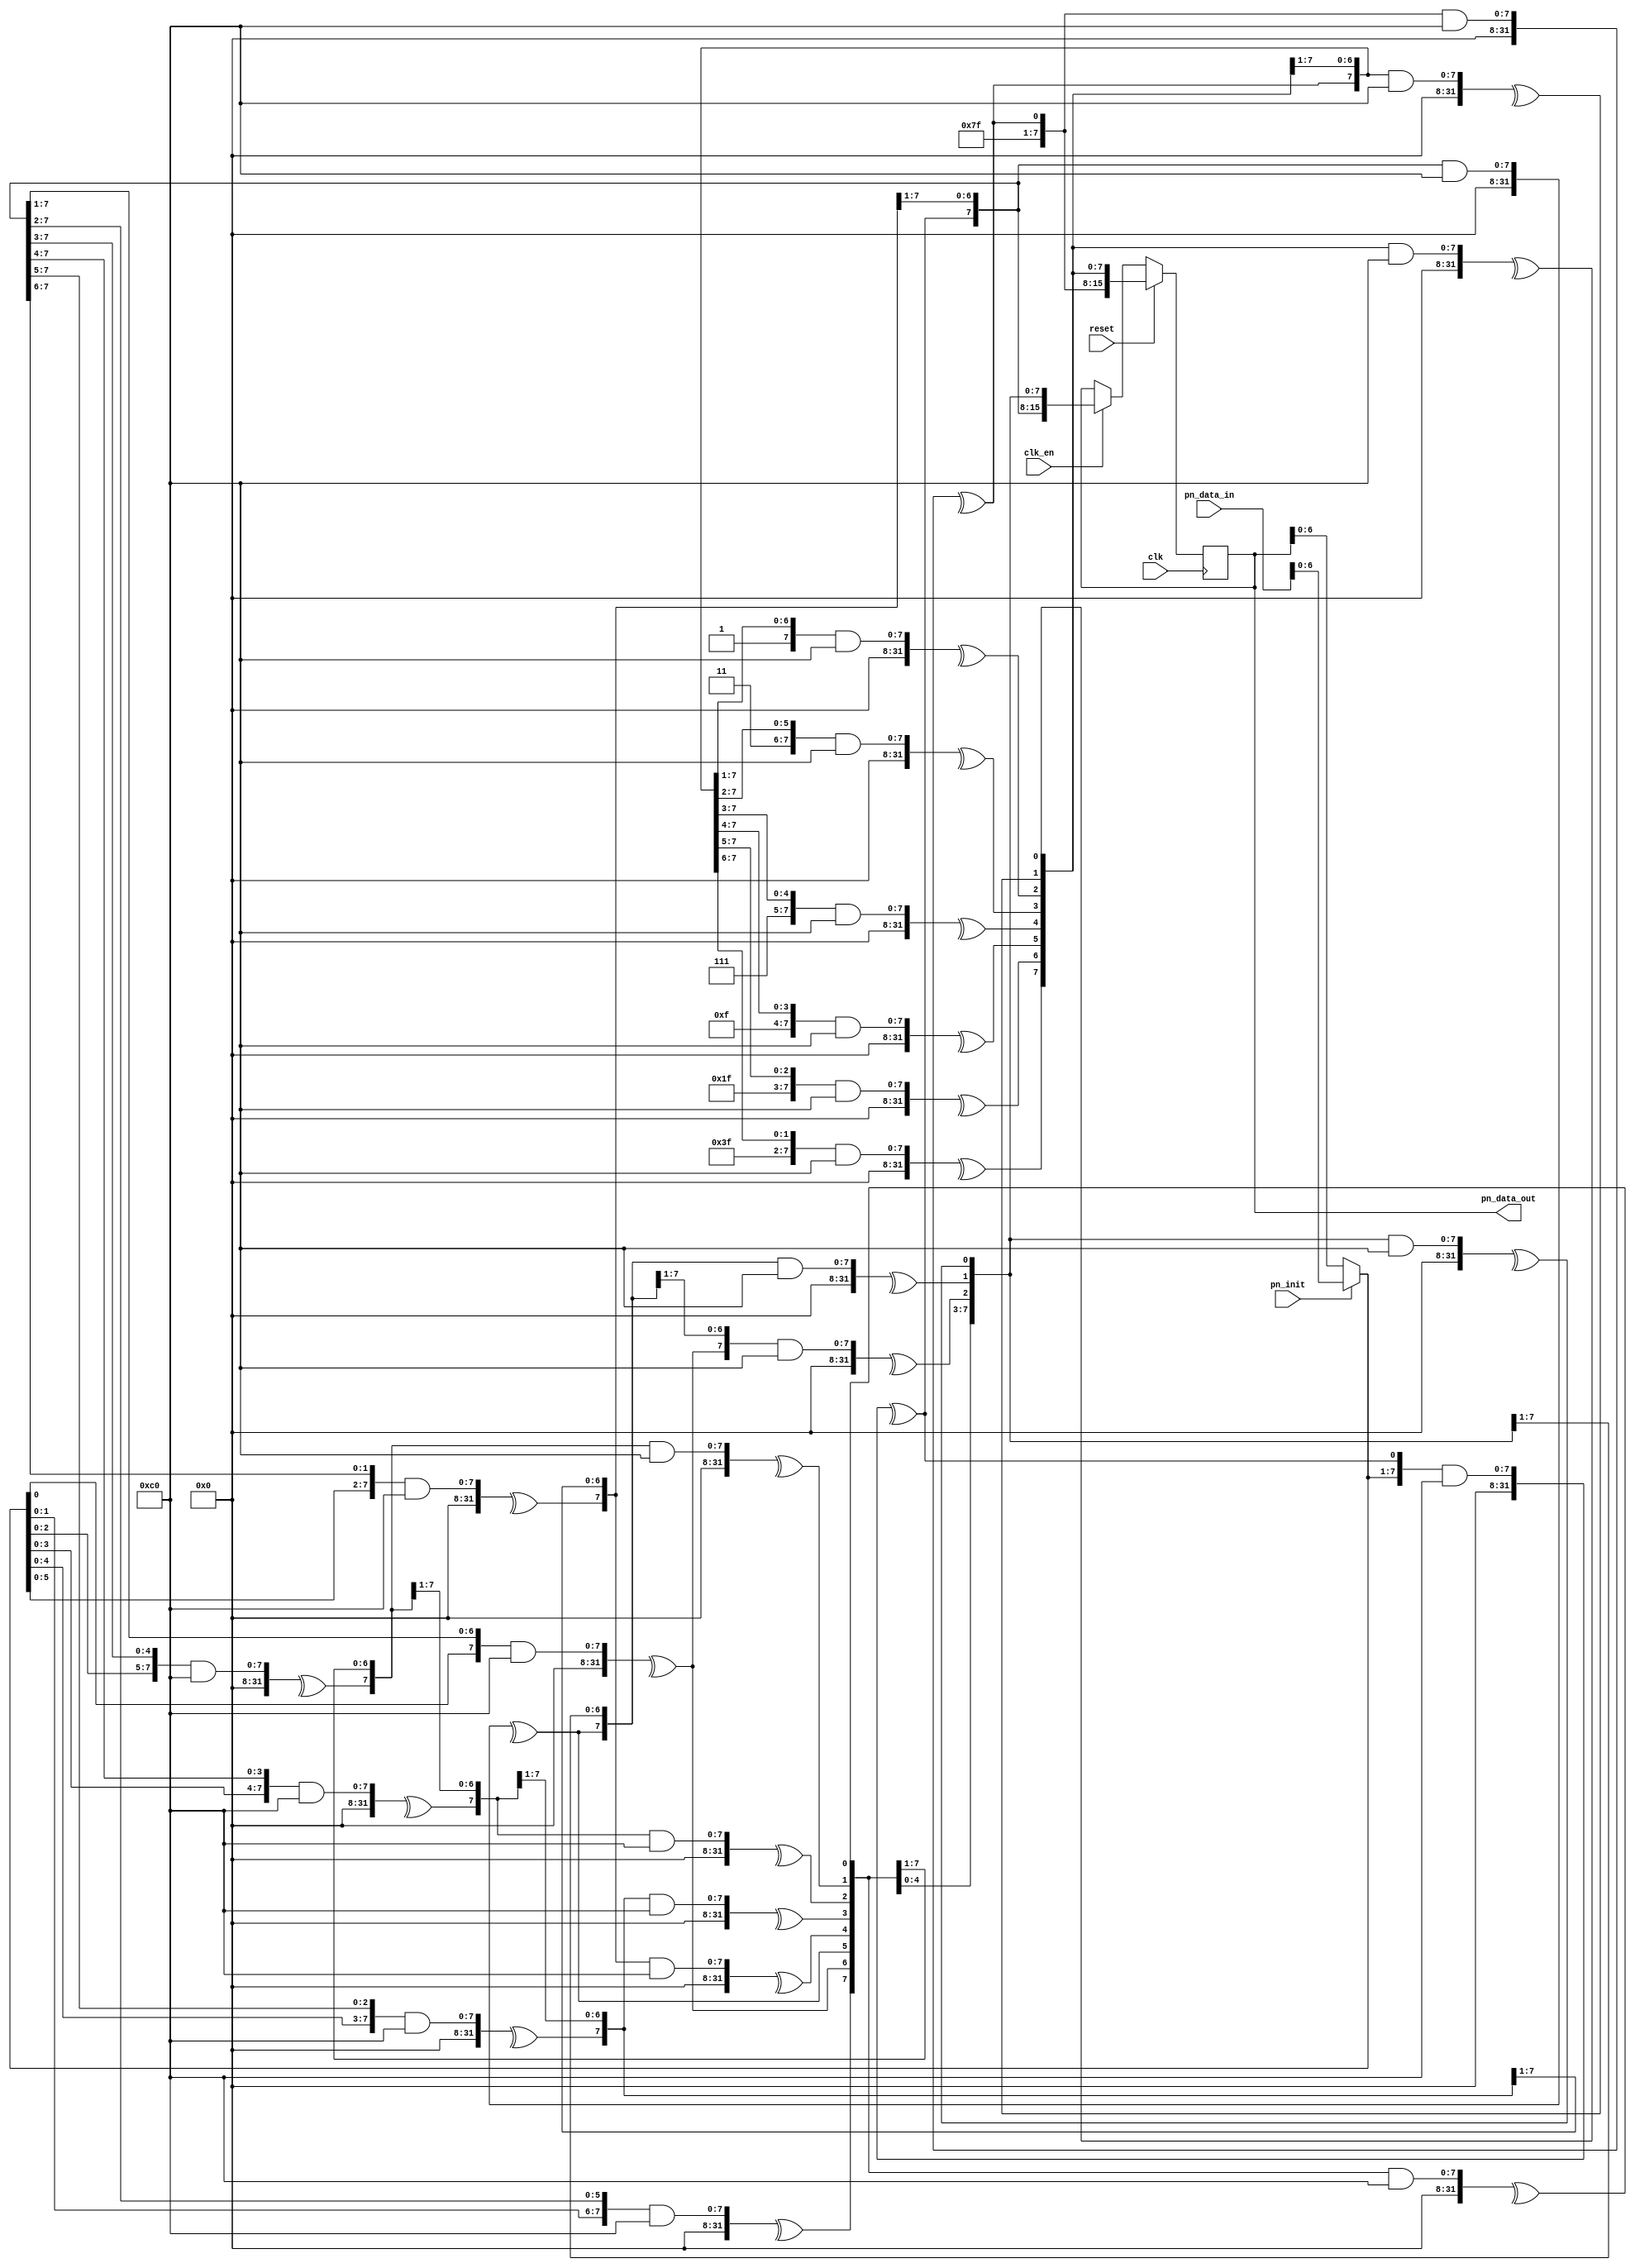
// ***************************************************************************
// ***************************************************************************
// Copyright 2018 (c) Analog Devices, Inc. All rights reserved.
//
// Each core or library found in this collection may have its own licensing terms.
// The user should keep this in in mind while exploring these cores.
//
// Redistribution and use in source and binary forms,
// with or without modification of this file, are permitted under the terms of either
//  (at the option of the user):
//
//   1. The GNU General Public License version 2 as published by the
//      Free Software Foundation, which can be found in the top level directory, or at:
// https://www.gnu.org/licenses/old-licenses/gpl-2.0.en.html
//
// OR
//
//   2.  An ADI specific BSD license as noted in the top level directory, or on-line at:
// https://github.com/analogdevicesinc/hdl/blob/dev/LICENSE
//
// ***************************************************************************
// ***************************************************************************

`timescale 1ns/100ps

// Generic parallel PN generator

module ad_pngen #(

  // PN7 x^7 + x^6 + 1
  parameter POL_MASK = 32'b0000_0000_0000_0000_0000_0000_1100_0000,
  parameter POL_W = 7,

  // Number of output bits at every clock cycle
  parameter DW = 16
) (
  input           clk,
  input           reset,
  input           clk_en,

  // Output stream
  output [DW-1:0] pn_data_out,  // MSB has the oldest value,
                                // LSB has the latest value

  // Input stream to synchronize to (Optional)
  input           pn_init,
  input  [DW-1:0] pn_data_in

);

  /* We need at least enough bits to store the PN state */
  localparam PN_W = DW > POL_W ? DW : POL_W;

  reg [PN_W-1:0] pn_state = {PN_W{1'b1}};

  wire [DW-1:0] pn;
  wire [DW+POL_W-1:0] pn_full_state;
  wire [PN_W-1:0] pn_reset;
  wire [PN_W-1:0] pn_state_;
  wire [PN_W-1:0] pn_init_data;


  // pn init data selection
  generate if (PN_W > DW) begin
    reg [PN_W-DW-1:0] pn_data_in_d = 'd0;
    always @(posedge clk) begin
      pn_data_in_d <= {pn_data_in_d, pn_data_in};
    end
    assign pn_init_data = {pn_data_in_d, pn_data_in};
  end else begin
    assign pn_init_data = pn_data_in;
  end
  endgenerate


  // PRBS logic
  assign pn_state_ = pn_init ? pn_init_data : pn_state;
  generate
    genvar i;
    for (i = 0; i < DW; i = i + 1) begin: pn_loop
      assign pn[i] = ^(pn_full_state[i +: POL_W+1] & POL_MASK);
    end
  endgenerate
  assign pn_full_state = {pn_state_[POL_W-1 : 0],pn};

  // Reset value logic
  assign pn_reset[PN_W-1 -: POL_W] = {POL_W{1'b1}};
  generate
    genvar j;
    for (j = 0; j < PN_W-POL_W; j = j + 1) begin: pn_reset_loop
      assign pn_reset[j] = ^(pn_reset[j +: POL_W+1] & POL_MASK);
    end
  endgenerate

  always @(posedge clk) begin
    if (reset == 1'b1) begin
      pn_state <= pn_reset;
    end else if (clk_en) begin
      pn_state <= pn_full_state[PN_W-1 : 0];
    end
  end

  assign pn_data_out = pn_state[PN_W-1 -: DW];

endmodule